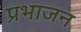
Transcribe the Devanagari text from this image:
प्रभाजन